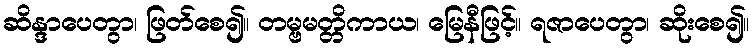
ဆိန္ဒာပေတွာ၊ ဖြတ်စေ၍။ တမ္ဗမတ္တိကာယ၊ မြေနီဖြင့်။ ရဇာပေတွာ၊ ဆိုးစေ၍။